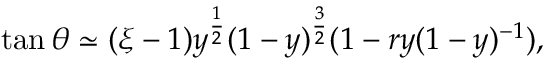
\tan \theta \simeq ( \xi - 1 ) y ^ { \frac { 1 } { 2 } } ( 1 - y ) ^ { \frac { 3 } { 2 } } ( 1 - r y ( 1 - y ) ^ { - 1 } ) ,